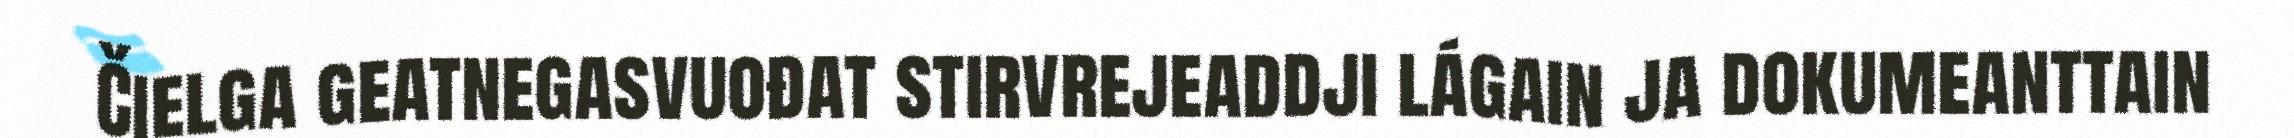
Čielga geatnegasvuođat stirvrejeaddji lágain ja dokumeanttain